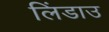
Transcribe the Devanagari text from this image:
लिंडाउ